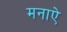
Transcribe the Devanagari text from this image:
मनाऐ